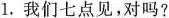
1.我们七点见，对吗?